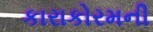
કારાકોરમની